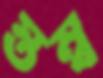
স্তম্ব